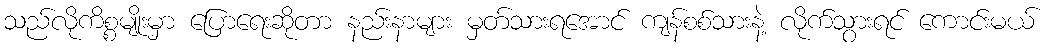
သည်လိုကိစ္စမျိုးမှာ ပြောရေးဆိုတာ နည်းနာများ မှတ်သားရအောင် ကျန်စစ်သားနဲ့ လိုက်သွားရင် ကောင်းမယ်